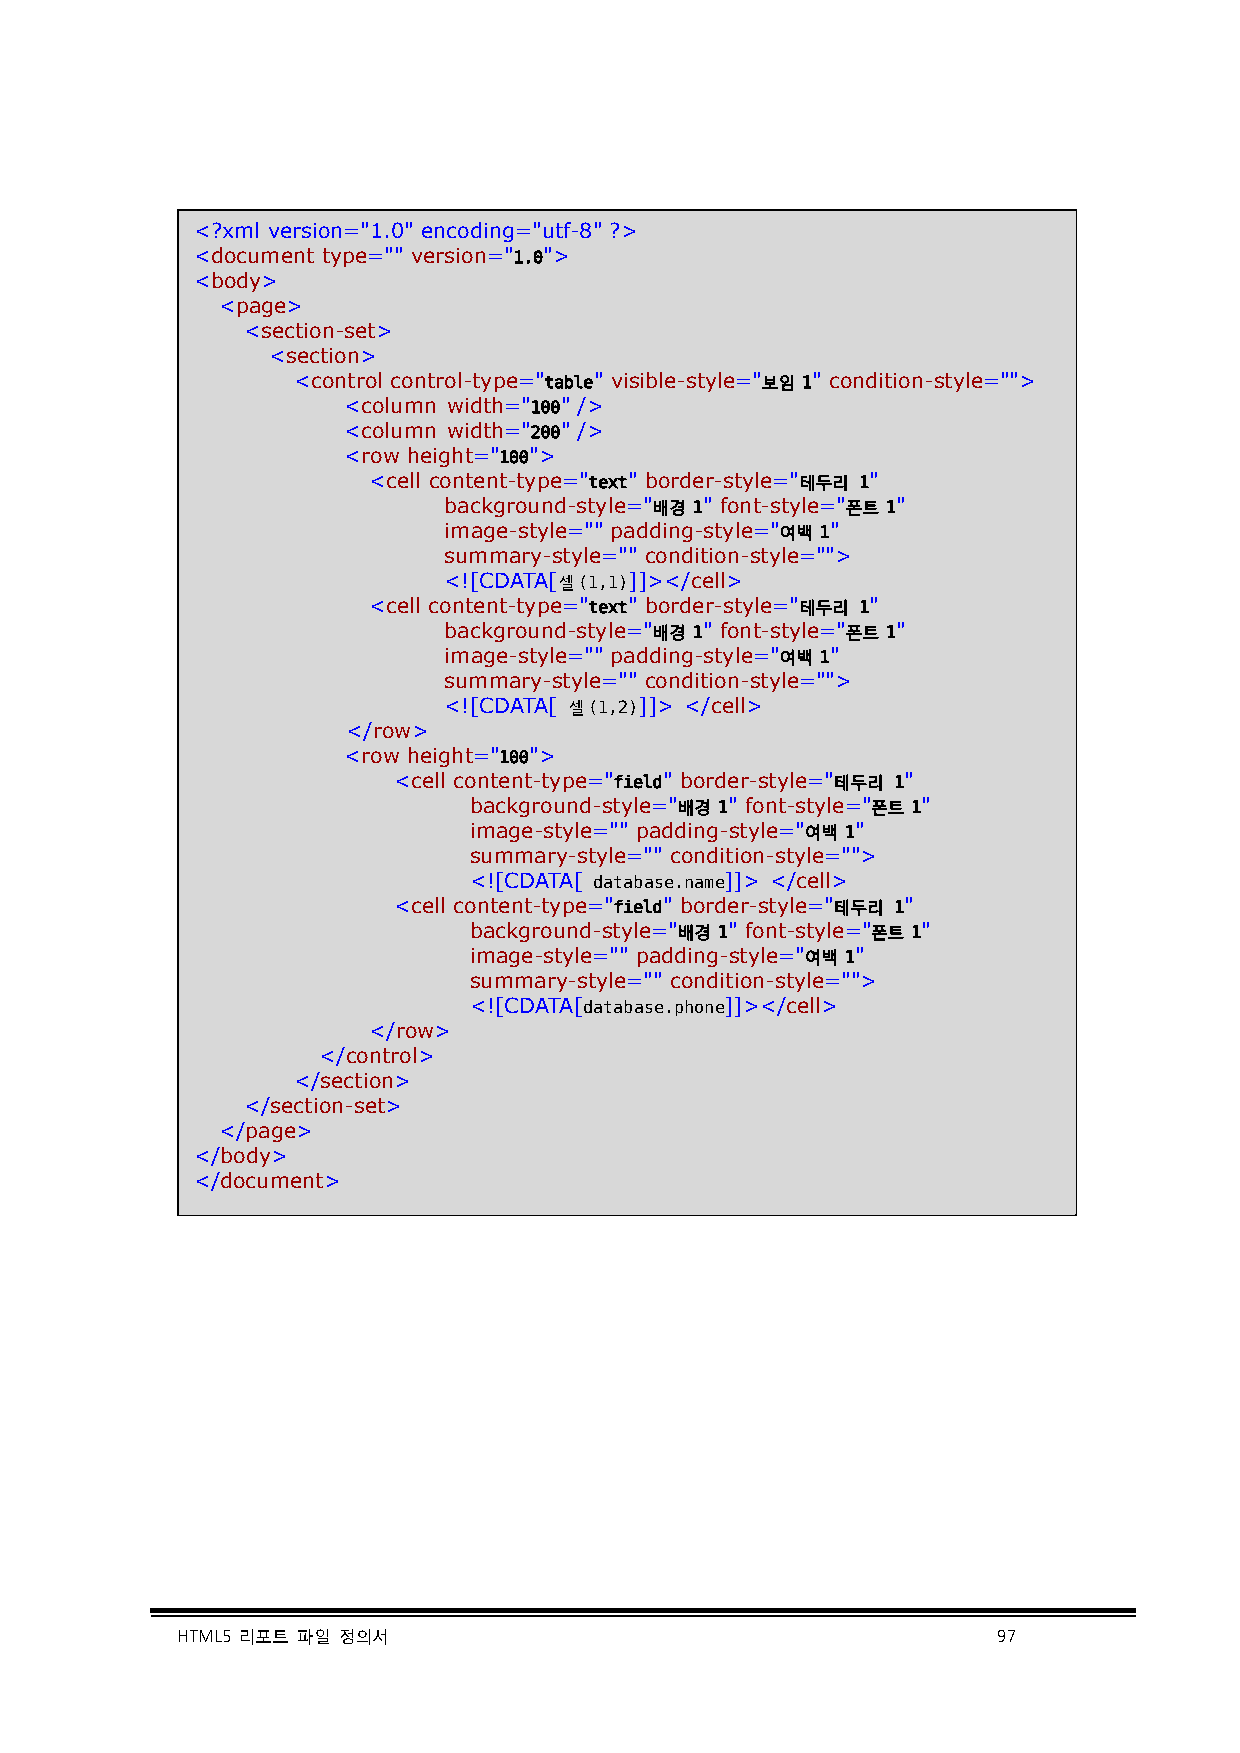
<?xml version="1.0" encoding="utf-8" ?>
 <document type="" version="1.0">
 <body>
 <page>
 <section-set>
 <section>
 <control control-type="table" visible-style="보임 1" condition-style="">
 <column width="100" />
 <column width="200" />
 <row height="100">
 <cell content-type="text" border-style="테두리 1"
 background-style="배경 1" font-style="폰트 1"
 image-style="" padding-style="여백 1"
 summary-style="" condition-style="">
 <![CDATA[셀(1,1)]]></cell>
 <cell content-type="text" border-style="테두리 1"
 background-style="배경 1" font-style="폰트 1"
 image-style="" padding-style="여백 1"
 summary-style="" condition-style="">
 <![CDATA[ 셀(1,2)]]> </cell>
 </row>
 <row height="100">
 <cell content-type="field" border-style="테두리 1"
 background-style="배경 1" font-style="폰트 1"
 image-style="" padding-style="여백 1"
 summary-style="" condition-style="">
 <![CDATA[ database.name]]> </cell>
 <cell content-type="field" border-style="테두리 1"
 background-style="배경 1" font-style="폰트 1"
 image-style="" padding-style="여백 1"
 summary-style="" condition-style="">
 <![CDATA[database.phone]]></cell>
 </row>
 </control>
 </section>
 </section-set>
 </page>
 </body>
 </document>
 HTML5 리포트 파일 정의서                                      97